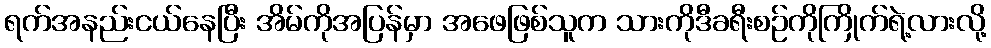
ရက်အနည်းငယ်နေပြီး အိမ်ကိုအပြန်မှာ အဖေဖြစ်သူက သားကိုဒီခရီးစဉ်ကိုကြိုက်ရဲ့လားလို့